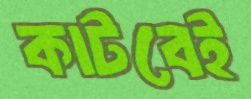
কাটবেই